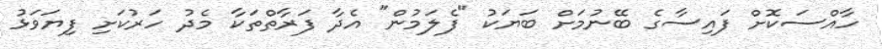
ހާއްސަކޮށް ފައިސާގެ ބޭނުމަށް ބަޔަކު "ފެލަމުން" އެދާ ފަރާތްތަކާ މެދު ހަރުކަށި ފިޔަވަޅު